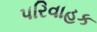
પરિવાહક